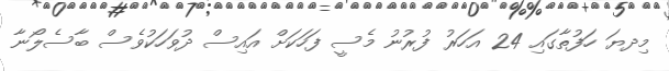
މިދޔަ ހަފުތާގައި 24 އަހަރު ފުރުނު މެސީ ފަހަކަށް އައިސް ދުވަހަކުވެސް ބާސެލޯނާ